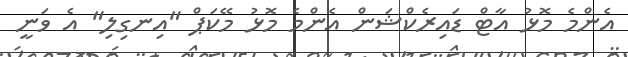
އެންމެ މޮޅު އާޓް ޑައިރެކްޝަން އެންމެ މޮޅު މޭކަޕް "އިނގިލި" އެ ވަނީ